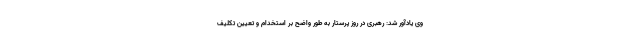
وی یادآور شد: رهبری در روز پرستار به طور واضح بر استخدام و تعیین تکلیف